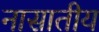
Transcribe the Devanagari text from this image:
नासातीय